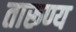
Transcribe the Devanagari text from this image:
तारूण्य